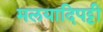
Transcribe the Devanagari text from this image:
मलयादिपट्टी